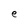
Character: l